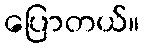
ပြောတယ်။